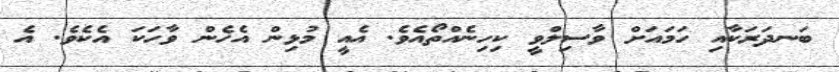
ބަނދަރަކާއި ހަމައަށް ވާސިލްވީ ކިހިނެއްތޯއެވެ. އެއީ މުޅިން އެހެން ވާހަކަ އެކެވެ. އެ